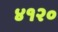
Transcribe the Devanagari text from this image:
४१२०